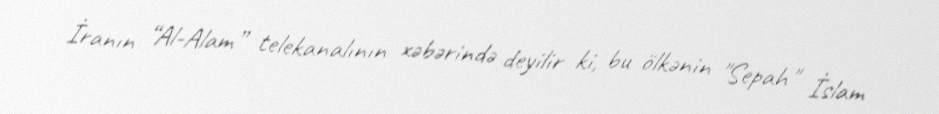
İranın “Al-Alam” telekanalının xəbərində deyilir ki, bu ölkənin "Sepah" İslam